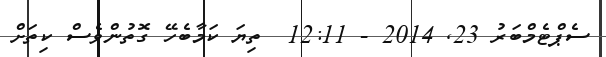
ސެޕްޓެމްބަރު 23